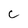
Character: c